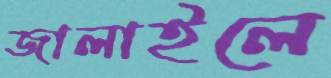
জালাইলে